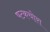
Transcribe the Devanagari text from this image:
षटकचोरा